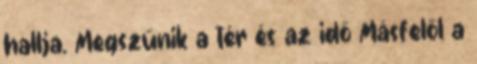
hallja. Megszűnik a tér és az idő Másfelől a